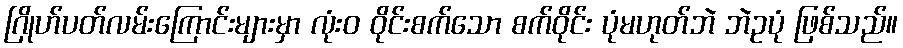
ဂြိုဟ်ပတ်လမ်းကြောင်းများမှာ လုံးဝ ဝိုင်းစက်သော စက်ဝိုင်း ပုံမဟုတ်ဘဲ ဘဲဥပုံ ဖြစ်သည်။